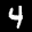
Label: 4